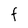
Character: F